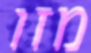
מזו